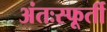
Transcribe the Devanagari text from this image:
अंतःस्फूर्ती